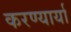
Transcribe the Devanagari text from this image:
करण्यार्या